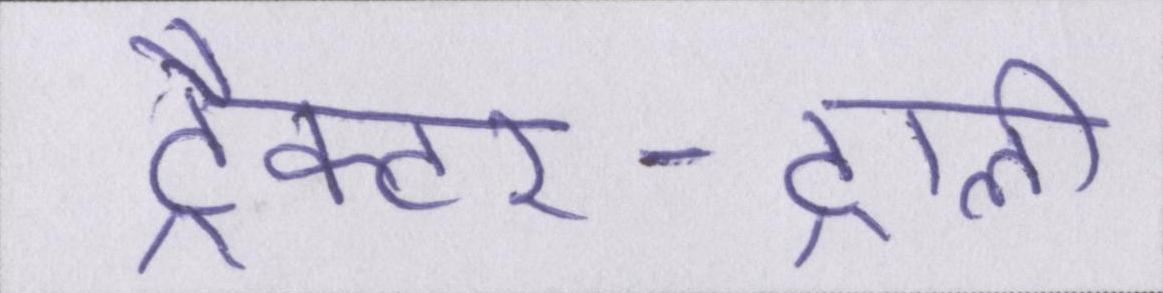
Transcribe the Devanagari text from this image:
ट्रैक्टर-ट्राली